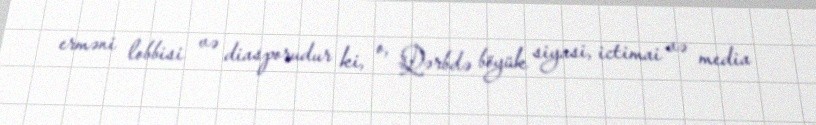
erməni lobbisi və diasporudur ki, o, Qərbdə böyük siyasi, ictimai və media